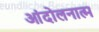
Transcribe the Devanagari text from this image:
आंदोलनात्म